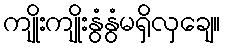
ကျိုးကျိုးနွံနွံမရှိလှချေ။